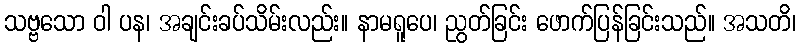
သဗ္ဗသော ဝါ ပန၊ အချင်းခပ်သိမ်းလည်း။ နာမရူပေ၊ ညွတ်ခြင်း ဖောက်ပြန်ခြင်းသည်။ အသတိ၊